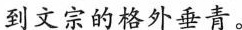
到文宗的格外垂青。